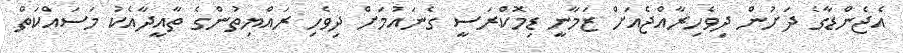
އެޖެންޑާގެ ދަށުން ދިވެހިރާއްޖެއަށް ޒަމާނީ ޑިމޮކްރަސީ ގެނައުމަށް ދިވެހި ރައްޔިތުންގެ ތާއީދާއެކު މަސައްކަތް